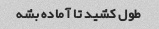
طول کشید تا آماده بشه